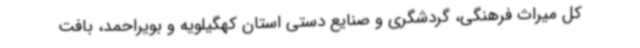
کل میراث فرهنگی، گردشگری و صنایع دستی استان کهگیلویه و بویراحمد، بافت